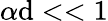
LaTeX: \alpha\mathrm{d}<<1